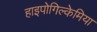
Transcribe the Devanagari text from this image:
हाइपोगिल्केमिया